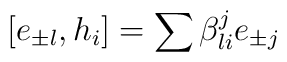
[e_{\pm l},h_{i}]=\sum \beta_{li}^{j}e_{\pm j}